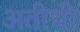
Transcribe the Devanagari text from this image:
अतीथी